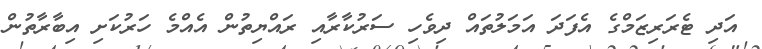
އަދި ޓެރަރިޒަމްގެ އެފަދަ އަމަލުތައް ދިވެހި ސަރުކާރާއި ރައްޔިތުން އެއްމެ ހަރުކަށި އިބާރާތުން